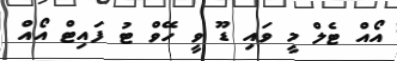
އޯއް ޓެލް މީ ވައި ޑޫ ވީ ހޭވް ޓު ފައިޓް އޯއް